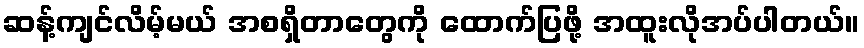
ဆန့်ကျင်လိမ့်မယ် အစရှိတာတွေကို ထောက်ပြဖို့ အထူးလိုအပ်ပါတယ်။